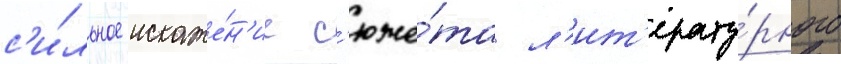
с'и́льное искаже́н'ие с'юже́та л'ит'ерату́рного